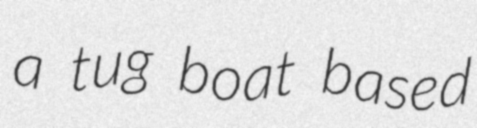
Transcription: a tug boat based